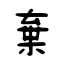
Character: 棄